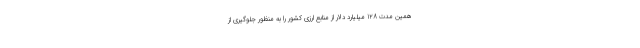
همین مدت 128 میلیارد دلار از منابع ارزی کشور را به منظور جلوگیری از